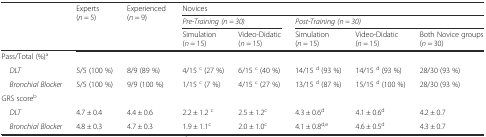
| <ROWSPAN=3>  | <ROWSPAN=3> Experts (n = 5) | <ROWSPAN=3> Experienced (n = 9) | <COLSPAN=5> Novices |
 | <COLSPAN=2> Pre-Training (n = 30) | <COLSPAN=3> Post-Training (n = 30) |
 | Simulation (n = 15) | Video-Didatic (n = 15) | Simulation (n = 15) | Video-Didatic (n = 15) | Both Novice groups (n = 30) |
 | --- | --- | --- | --- | --- | --- | --- | --- |
 | <COLSPAN=8> Pass/Total (%)a |
 | DLT | 5/5 (100 %) | 8/9 (89 %) | 4/15 c (27 %) | 6/15 c (40 %) | 14/15 d (93 %) | 14/15 d (93 %) | 28/30 (93 %) |
 | Bronchial Blocker | 5/5 (100 %) | 9/9 (100 %) | 1/15 c (7 %) | 4/15 c (27 %) | 13/15 d (87 %) | 15/15 d (100 %) | 28/30 (93 %) |
 | <COLSPAN=8> GRS scoreb |
 | DLT | 4.7 ± 0.4 | 4.4 ± 0.6 | 2.2 ± 1.2 c | 2.5 ± 1.2c | 4.3 ± 0.6d | 4.1 ± 0.6d | 4.2 ± 0.7 |
 | Bronchial Blocker | 4.8 ± 0.3 | 4.7 ± 0.3 | 1.9 ± 1.1c | 2.0 ± 1.0c | 4.1 ± 0.8d,e | 4.6 ± 0.5d | 4.3 ± 0.7 |